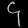
Digit: ၄